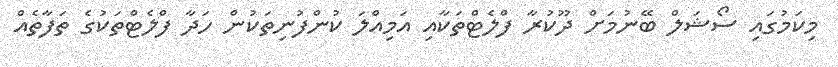
މިކަމުގައި ސޯޝަލް ބޭނުމަށް ދޫކުރާ ފްލެޓްތަކާއި އަމިއްލަ ކުންފުނިތަކުން ހަދާ ފްލެޓްތަކުގެ ތަފާތެއް